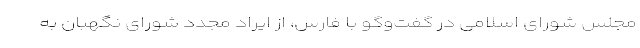
مجلس شورای اسلامی در گفت‌وگو با فارس، از ایراد مجدد شورای نگهبان به